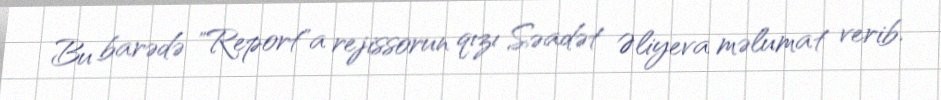
Bu barədə "Report"a rejissorun qızı Səadət Əliyeva məlumat verib.